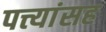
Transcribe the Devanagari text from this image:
पत्त्यांसह